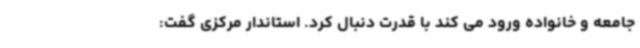
جامعه و خانواده ورود می کند با قدرت دنبال کرد. استاندار مرکزی گفت: